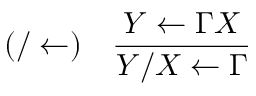
( / \leftarrow ) \quad { \frac { Y \leftarrow \Gamma X } { Y / X \leftarrow \Gamma } }